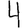
Digit: 4